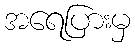
အရေပြားမှ